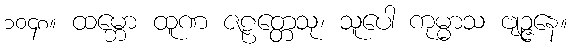
၁၀၄၈။ ထမ္ဘော ထူဏ ဇဠတ္တေသု၊ သူပေါ ကုမ္မာသ ဗျဉ္ဇနေ။